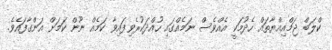
ކްލަބް ޖަމްއިއްޔާތައް ހެދުމަކީ އެއްވެސް ނަމެއްގައި ހުއްދަކުރެވިފައިވާ ކަމެއް ނޫން ކަމަށް އަންގާފައެވެ.